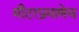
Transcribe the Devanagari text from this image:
मीटरप्रमाणेच